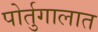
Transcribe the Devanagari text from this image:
पोर्तुगालात